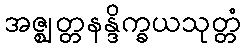
အဇ္ဈတ္တနန္ဒိက္ခယသုတ္တံ